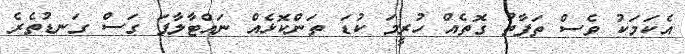
އެކަމަކު ވެސް ތަފާތު ގޮތެއް ހުރީމަ ކުޑަ ތަންކޮޅެއް ނައްޓާލާފަ ގަސް ގަނޑުތެރެ